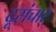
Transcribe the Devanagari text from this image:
दूसंचार